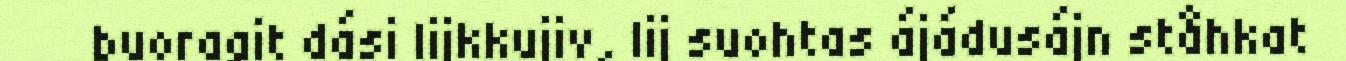
buoragit dási lijkkujiv, lij suohtas ájádusájn ståhkat